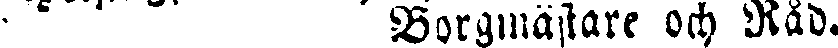
- Borgmästare och Råd.